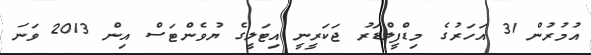
އުމުރުން 31 އަހަރުގެ މިޑްފީލްޑަރު ޖަކަރީނީ އިޓަލީގެ ޔުވެންޓަސް އިން 2013 ވަނަ